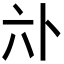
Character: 𱏳